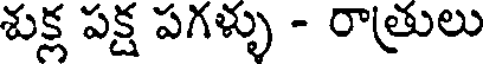
శుక్ష పక్ష పగళ్ళు - రాత్రులు